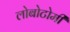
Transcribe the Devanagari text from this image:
लोबोटोमी